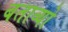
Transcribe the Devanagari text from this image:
बताव्यो